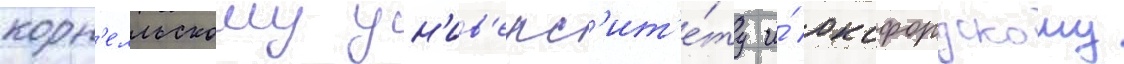
корн'елльскому ун'ив'ерс'ит'е́ту и́ оксфордскому